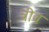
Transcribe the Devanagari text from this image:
त्रीव